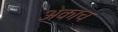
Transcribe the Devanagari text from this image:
अेकाच